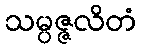
သမ္ပဇ္ဇလိတံ